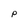
Character: P